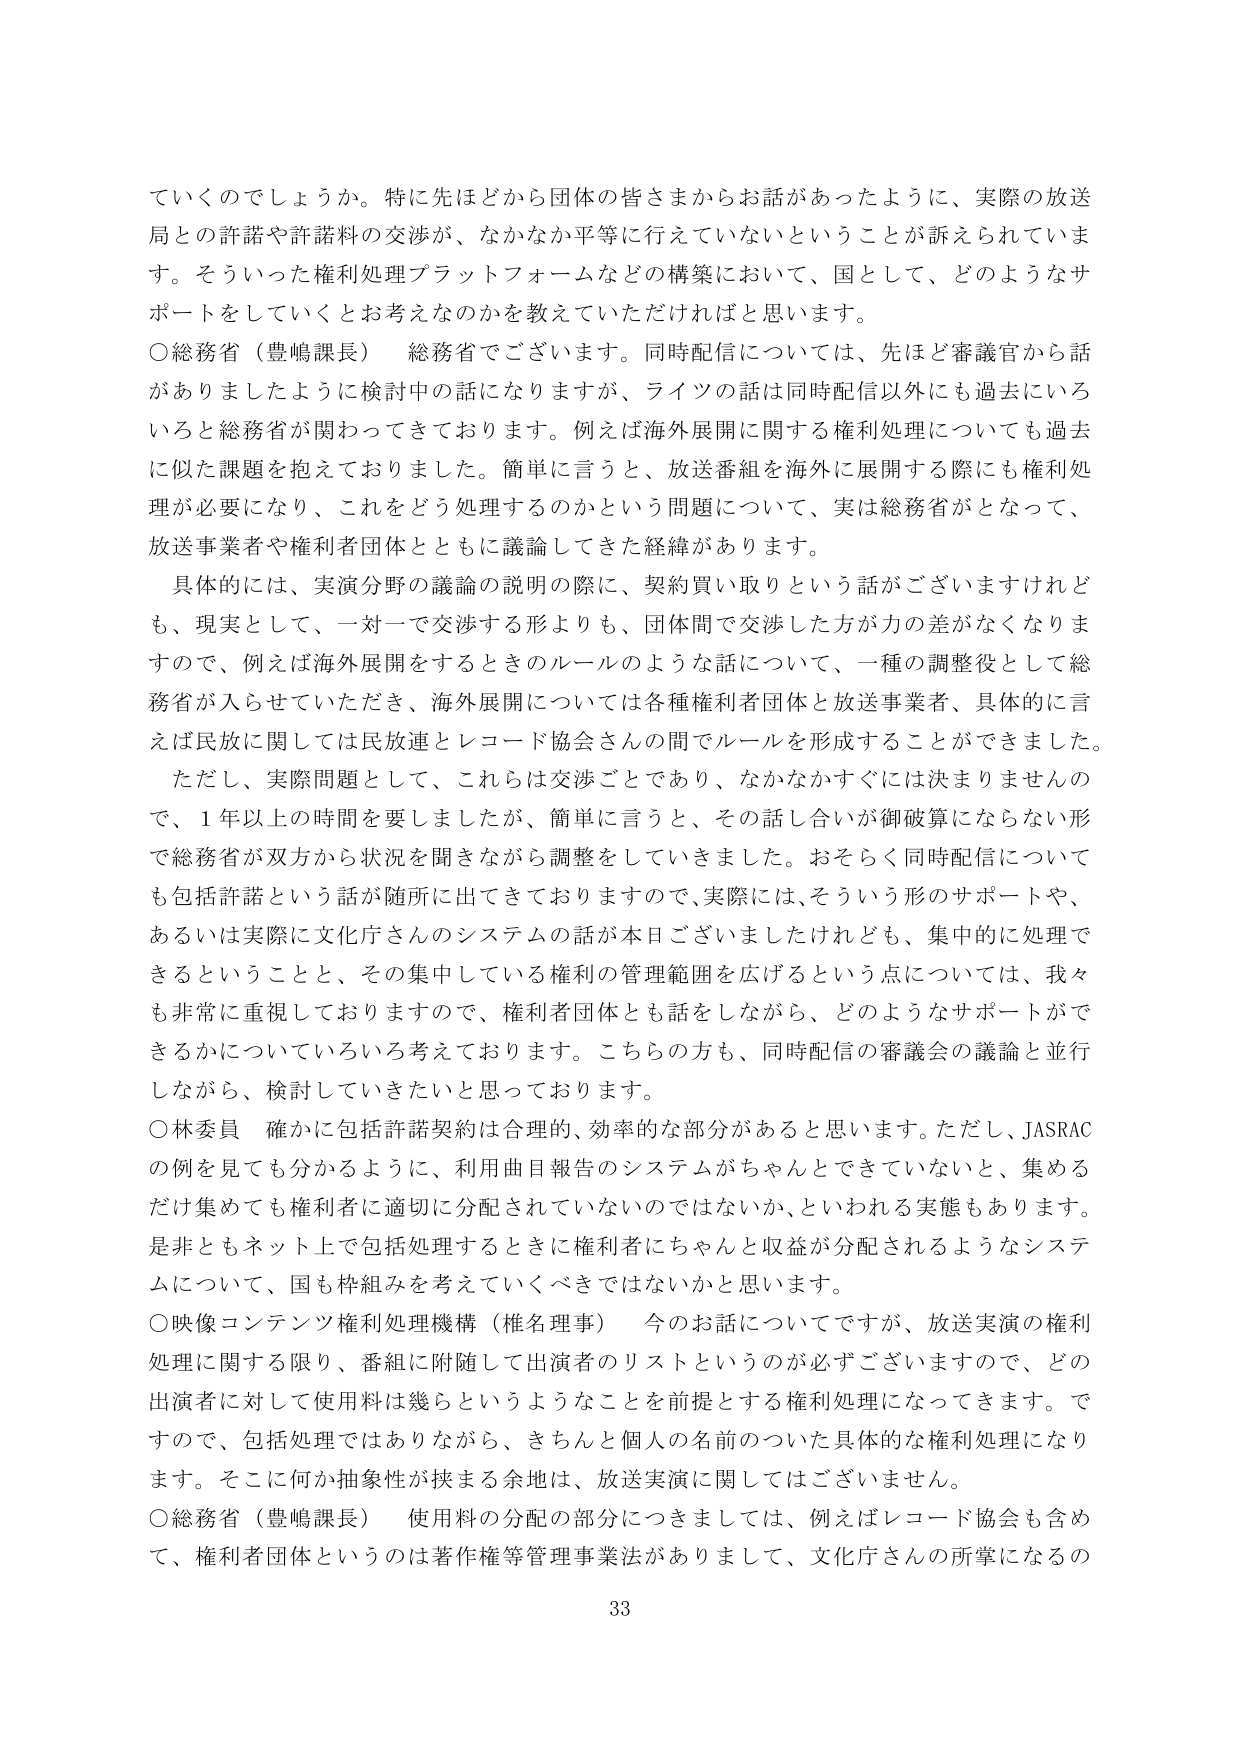
ていくのでしょうか。特に先ほどから団体の皆さまからお話があったように、実際の放送局との許諾や許諾料の交渉が、なかなか平等に行えていないということが訴えられていま す。そういった権利処理プラットフォームなどの構築において、国として、どのようなサポートをしていくとお考えなのかを教えていただければと思います。

○総務省（豊嶋課長）　総務省でございます。同時配信については、先ほど審議官から話がありましたように検討中の話になりますが、ライツの話は同時配信以外にも過去にいろいろと総務省が関わってきております。例えば海外展開に関する権利処理についても過去に似た課題を抱えておりました。簡単に言うと、放送番組を海外に展開する際にも権利処理が必要になり、これをどう処理するのかという問題について、実は総務省がとなって、放送事業者や権利者団体とともに議論してきた経緯があります。

具体的には、実演分野の議論の説明の際に、契約買い取りという話がございますけれども、現実として、一対一で交渉する形よりも、団体間で交渉した方が力の差がなくなりますので、例えば海外展開をするときのルールのような話について、一種の調整役として総務省が入らせていただき、海外展開については各種権利者団体と放送事業者、具体的に言えば民放に関しては民放連とレコード協会さんの間でルールを形成することができました。

ただし、実際問題として、これらは交渉ごとであり、なかなかすぐには決まりませんので、1年以上の時間を要しましたが、簡単に言うと、その話し合いが御破算にならない形で総務省が双方から状況を聞きながら調整をしていきました。おそらく同時配信についても包括許諾という話が随所に出てきておりますので、実際には、そういう形のサポートや、あるいは実際に文化庁さんのシステムの話が本日ございましたけれども、集中的に処理できるということと、その集中している権利の管理範囲を広げるという点については、我々も非常に重視しておりますので、権利者団体とも話をしながら、どのようなサポートができるかについていろいろ考えております。こちらの方も、同時配信の審議会の議論と並行しながら、検討していきたいと思っております。

○林委員　確かに包括許諾契約は合理的、効率的な部分があると思います。ただし、JASRACの例を見てもらえるように、利用曲目報告のシステムがちゃんとできていないと、集めるだけ集めても権利者に適切に分配されていないのではないか、といわれる実態もあります。是非ともネット上で包括処理するときに権利者にちゃんと収益が分配されるようなシステムについて、国も枠組みを考えていくべきではないかと思います。

○映像コンテンツ権利処理機構（権名理事）　今のお話についてですが、放送実演の権利処理に関する限り、番組に付随して出演者のリストというのが必ずございますので、どの出演者に対して使用料は幾らというようなことを前提とする権利処理になってきます。ですので、包括処理ではありながら、きちんと個人の名前のついた具体的な権利処理になります。そこに何か抽象性が挟まる余地は、放送実演に関してはございません。

○総務省（豊嶋課長）　使用料の分配の部分につきましては、例えばレコード協会も含めて、権利者団体というのは著作権等管理事業法がありまして、文化庁さんの所掌になるの

33